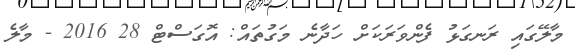
މާލޭގައި ރަނގަޅު ފެންވަރަކަށް ހަދާނެ މަގުތައް: އޮގަސްޓް 28 2016 - މާލެ